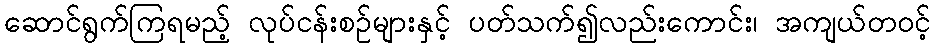
ဆောင်ရွက်ကြရမည့် လုပ်ငန်းစဉ်များနှင့် ပတ်သက်၍လည်းကောင်း၊ အကျယ်တဝင့်